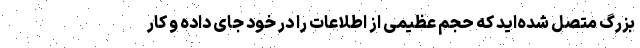
بزرگ متصل شده‌اید که حجم عظیمی از اطلاعات را در خود جای داده و کار